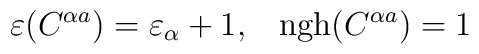
\varepsilon(C^{\alpha a})=\varepsilon_\alpha+1,\;\;\;  {\rm ngh}(C^{\alpha a})=1